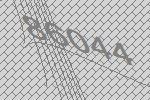
86044